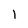
Character: l